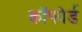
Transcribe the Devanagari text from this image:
कॉफोर्ड